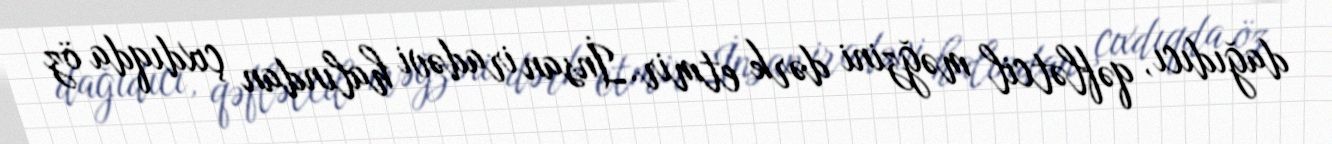
dağıdıcı, qəflətcil məğzini dərk etmir.İnsan iradəvi halından çıxdıqda öz